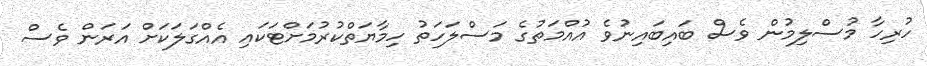
ހުރިހާ މުސްލިމުން ވެސް ބައިބައިނުވެ އުއްމަތުގެ މަސްލަހަތު ހިމާޔަތްކުރުމަށްޓަކައި އެއްގަލަކަށް އަރަން ވެސް